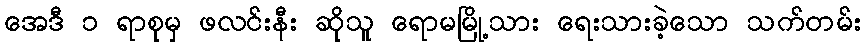
အေဒီ ၁ ရာစုမှ ဖလင်းနီး ဆိုသူ ရောမမြို့သား ရေးသားခဲ့သော သက်တမ်း